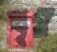
ধূম